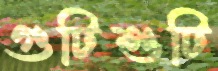
গুটিশুটি